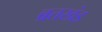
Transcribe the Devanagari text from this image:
ब्रतखंड